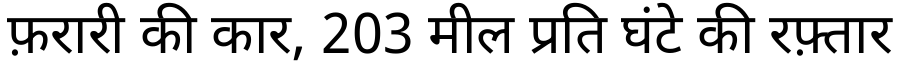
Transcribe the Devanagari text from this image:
फ़रारी की कार, 203 मील प्रति घंटे की रफ़्तार